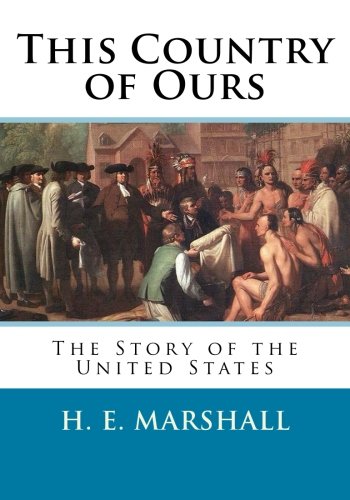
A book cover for This Country of Ours: The Story of the United States; H. E. Marshall; History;